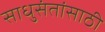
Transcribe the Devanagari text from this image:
साधुसंतांसाठी